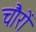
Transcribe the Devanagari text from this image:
चौरों